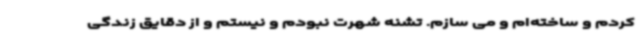
کردم و ساخته‌ام و می سازم. تشنه شهرت نبودم و نیستم و از دقایق زندگی